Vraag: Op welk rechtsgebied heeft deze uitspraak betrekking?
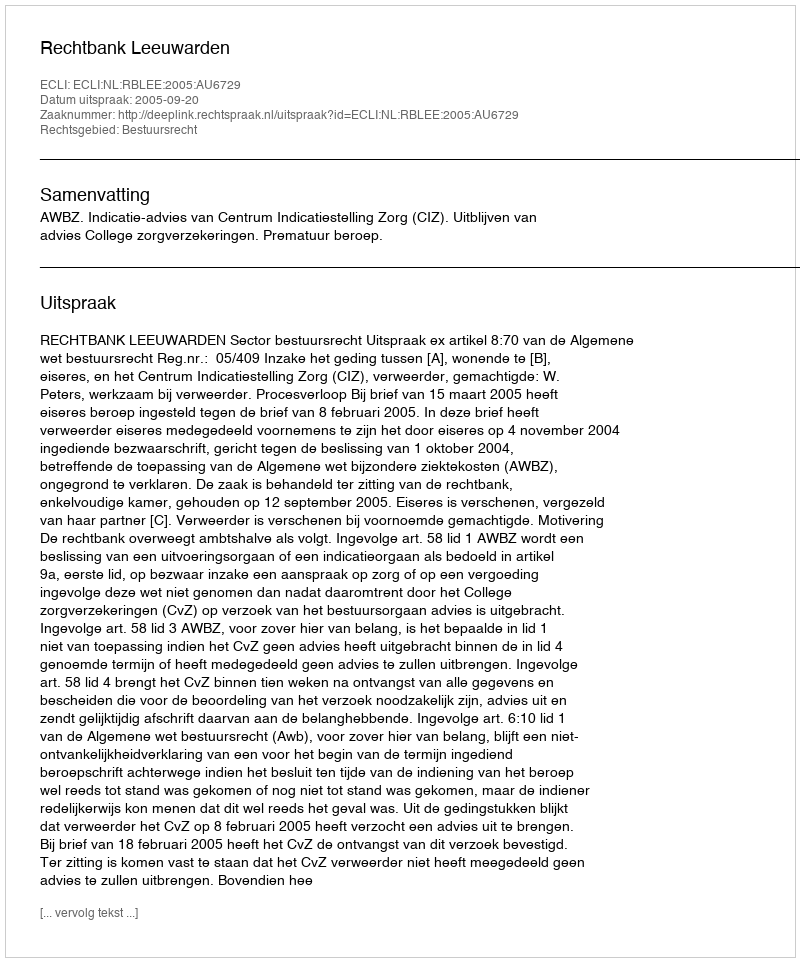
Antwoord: Bestuursrecht